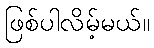
ဖြစ်ပါလိမ့်မယ်။